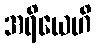
အရိယေဟိ